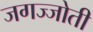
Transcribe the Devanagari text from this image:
जगज्जोती